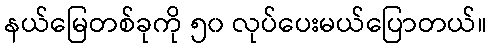
နယ်မြေတစ်ခုကို ၅၀ လုပ်ပေးမယ်ပြောတယ်။